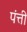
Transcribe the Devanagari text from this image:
पंत्ती